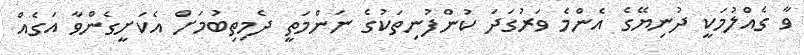
ވާ ގެއްލުމަކީ ދުނިޔޭގެ އެންމެ ވަރުގަދަ ކުންފުނިތަކުގެ ނަންމަތީ ދެމިތިބުމަށް އެކަށީގެންވާ އަގެއް